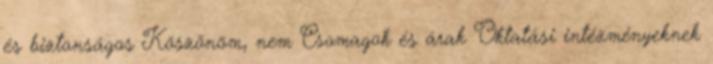
és biztonságos Köszönöm, nem Csomagok és árak Oktatási intézményeknek